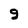
Character: 9